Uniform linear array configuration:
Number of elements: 48
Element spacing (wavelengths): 1
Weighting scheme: binomial
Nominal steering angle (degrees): -15
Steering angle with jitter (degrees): -13.684
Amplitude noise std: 0.05
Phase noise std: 0.05

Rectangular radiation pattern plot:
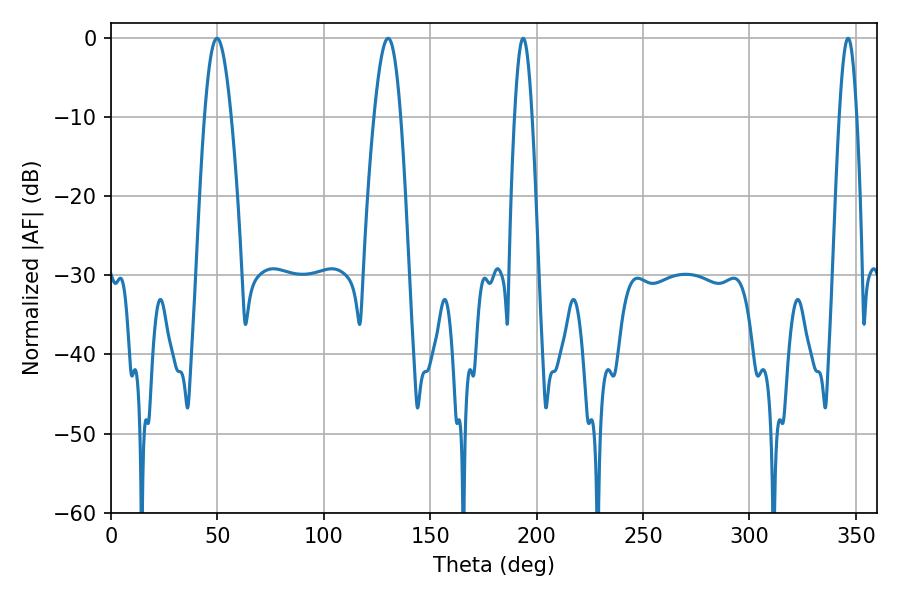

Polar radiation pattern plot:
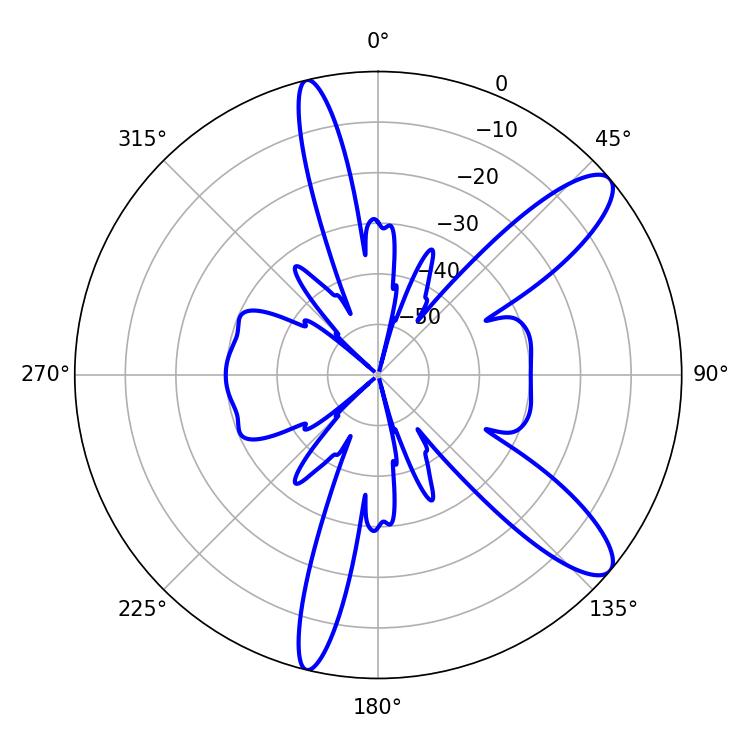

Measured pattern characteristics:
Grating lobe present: TRUE
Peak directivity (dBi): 11.063
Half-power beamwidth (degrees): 4.32
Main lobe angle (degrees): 193.68